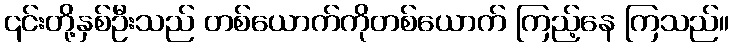
၎င်းတို့နှစ်ဦးသည် တစ်ယောက်ကိုတစ်ယောက် ကြည့်နေ ကြသည်။